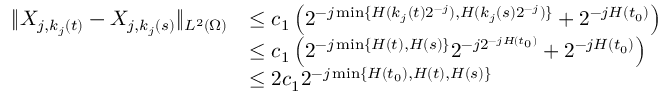
\begin{array} { r l } { \| X _ { j , k _ { j } ( t ) } - X _ { j , k _ { j } ( s ) } \| _ { L ^ { 2 } ( \Omega ) } } & { \leq c _ { 1 } \left( 2 ^ { - j \operatorname* { m i n } \{ H ( k _ { j } ( t ) 2 ^ { - j } ) , H ( k _ { j } ( s ) 2 ^ { - { j } } ) \} } + 2 ^ { - j H ( t _ { 0 } ) } \right) } \\ & { \leq c _ { 1 } \left( 2 ^ { - j \operatorname* { m i n } \{ H ( t ) , H ( s ) \} } 2 ^ { - j 2 ^ { - j H ( t _ { 0 } ) } } + 2 ^ { - j H ( t _ { 0 } ) } \right) } \\ & { \leq 2 c _ { 1 } 2 ^ { - j \operatorname* { m i n } \{ H ( t _ { 0 } ) , H ( t ) , H ( s ) \} } } \end{array}